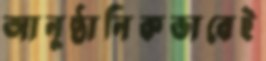
আনুষ্ঠানিকভাবেই